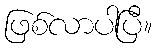
ဖြစ်လာပါပြီ။